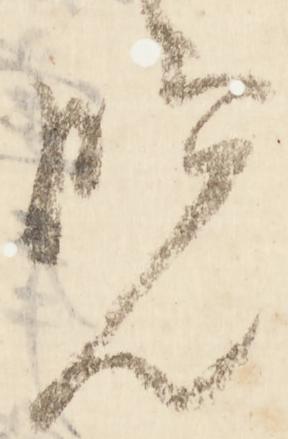
覧